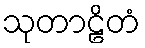
သုတာဠိတံ